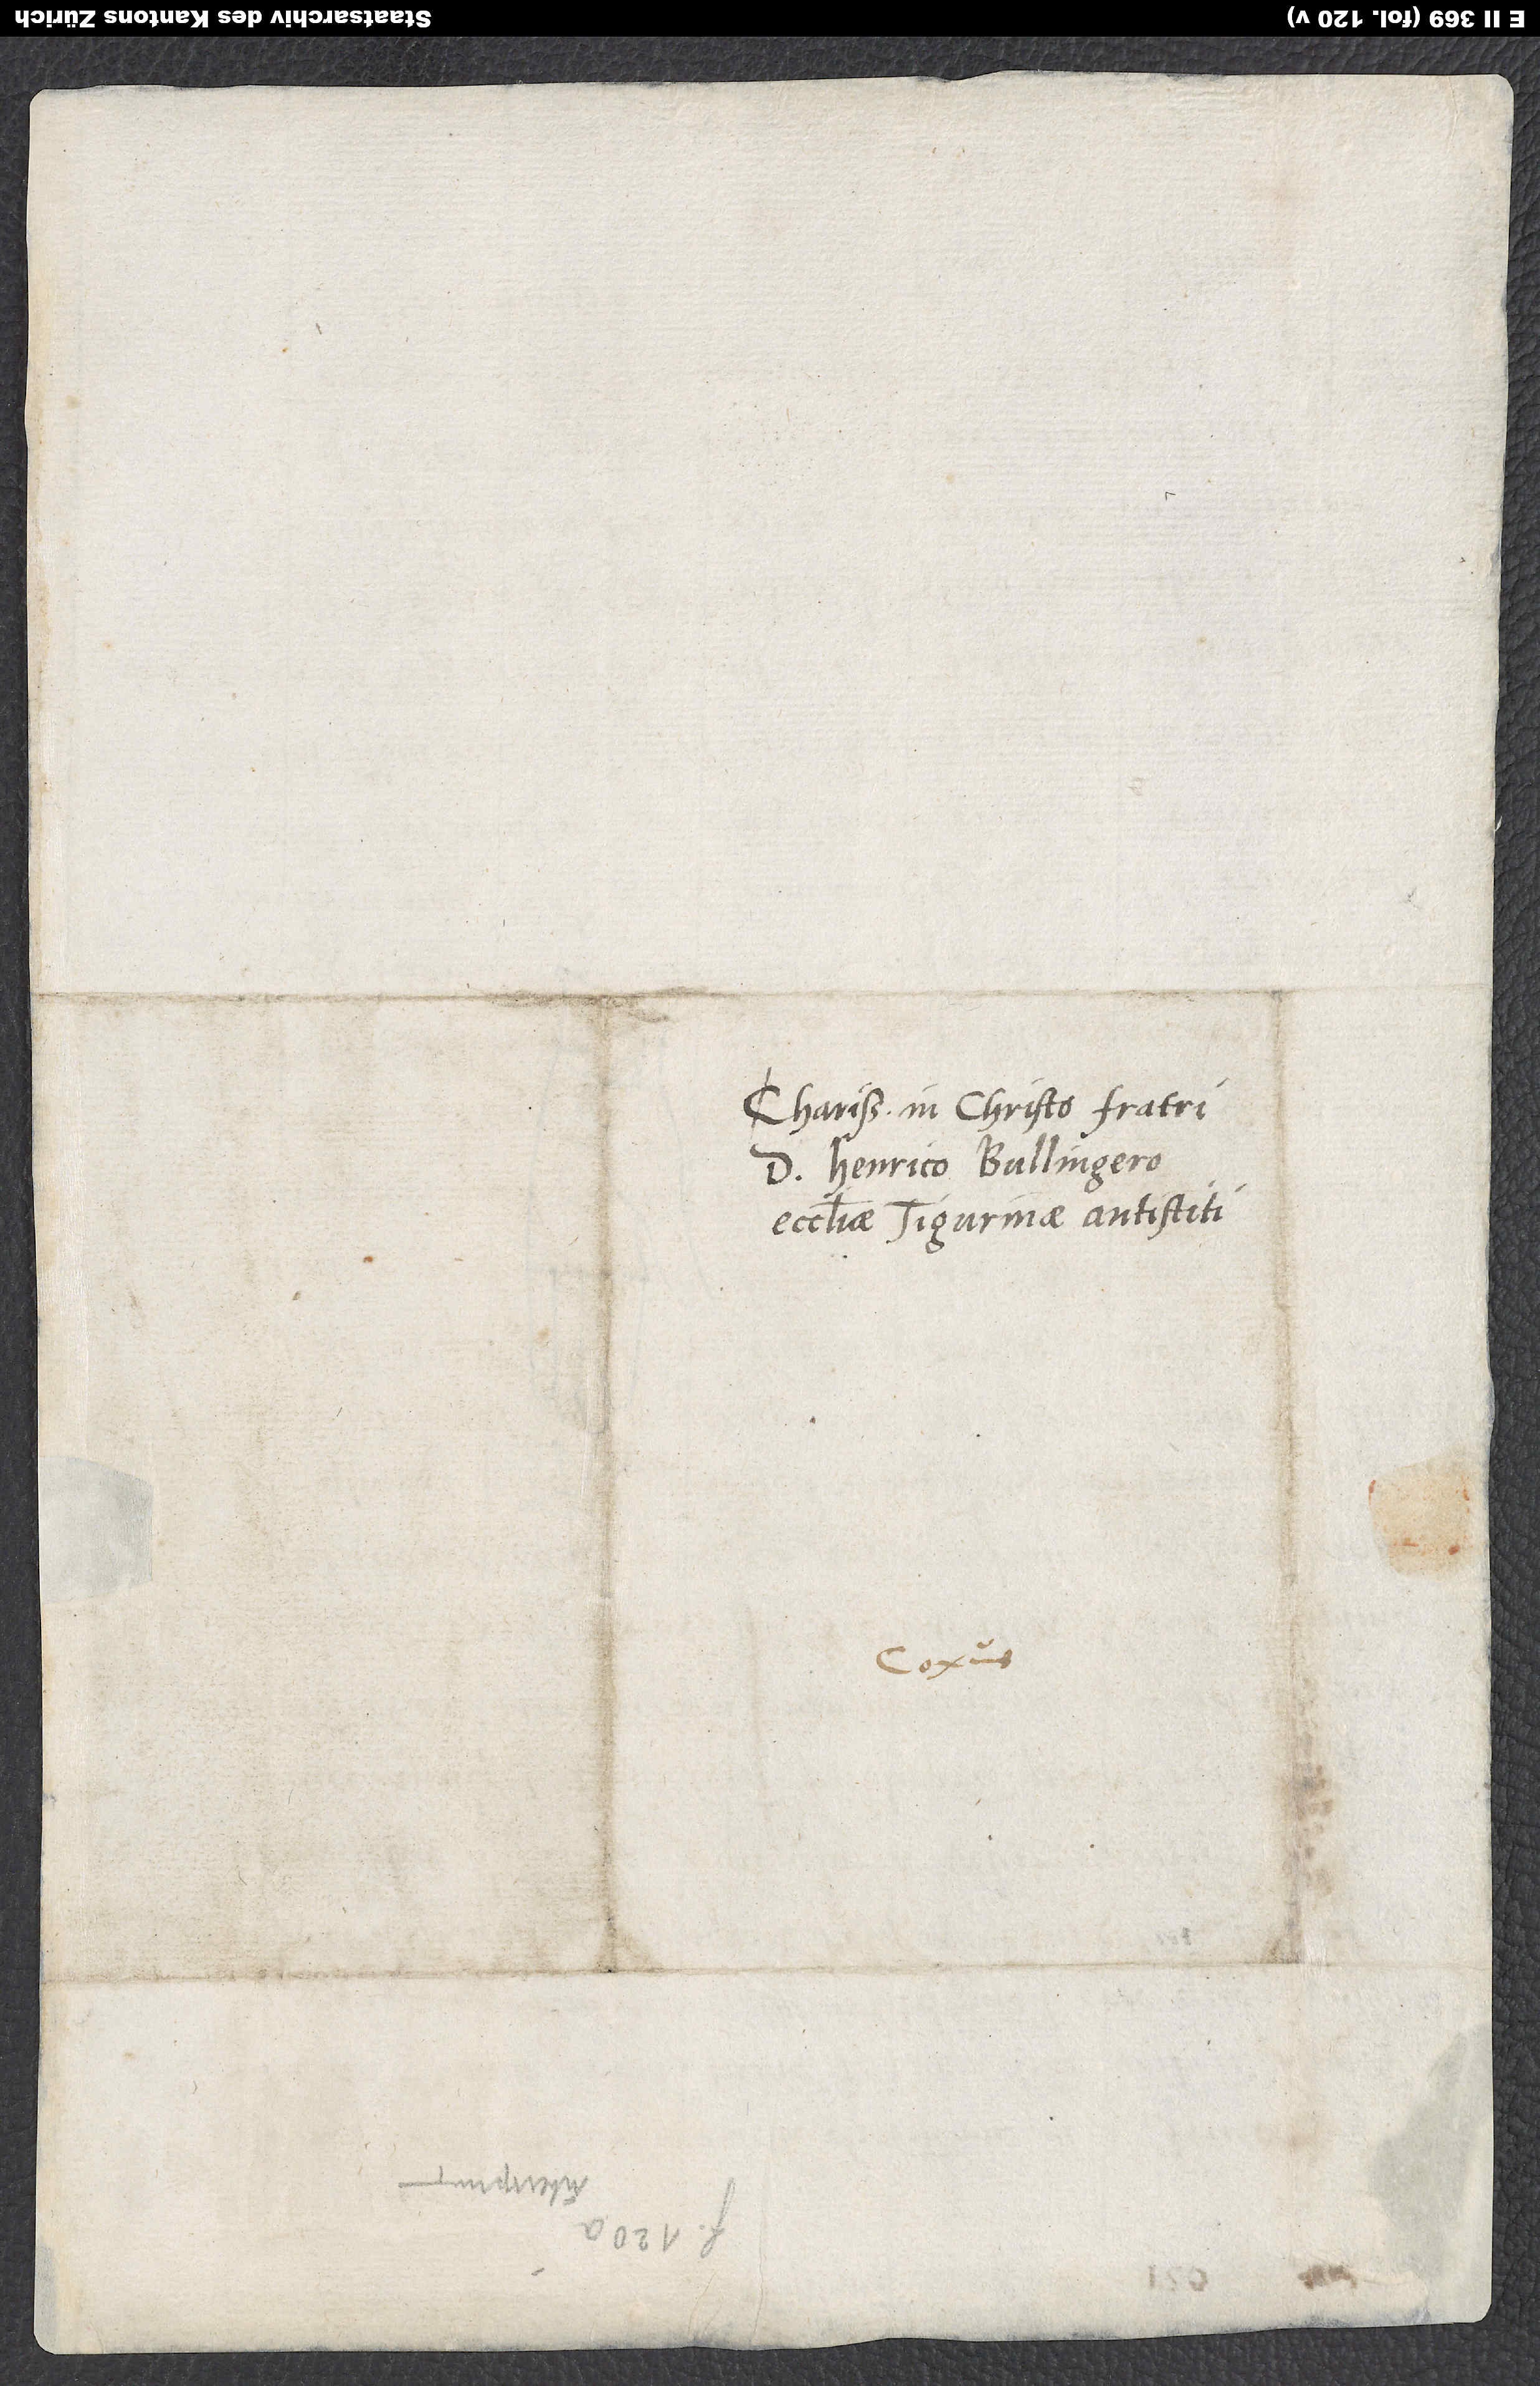
Charissimo in Christo fratri
d. Henrico Bullingero,
ecclesiae Tigurinae antistiti.